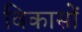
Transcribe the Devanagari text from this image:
विकासों